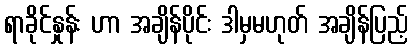
ရာခိုင်နှုန်း ဟာ အချိန်ပိုင်း ဒါမှမဟုတ် အချိန်ပြည့်